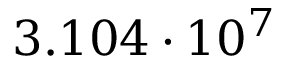
3 . 1 0 4 \cdot 1 0 ^ { 7 }